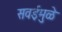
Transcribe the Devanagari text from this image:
सवईमुळे